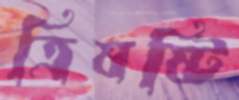
ত্রিষষ্টি